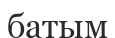
батым